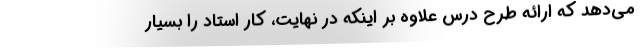
می‌دهد که ارائه طرح درس علاوه بر اینکه در نهایت، کار استاد را بسیار